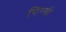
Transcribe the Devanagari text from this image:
पिग्गी